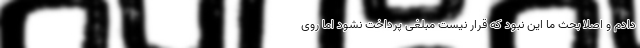
دادم و اصلا بحث ما این نبود که قرار نیست مبلغی پرداخت نشود اما روی